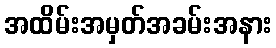
အထိမ်းအမှတ်အခမ်းအနား